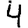
Digit: 4